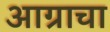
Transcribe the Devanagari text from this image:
आग्राचा